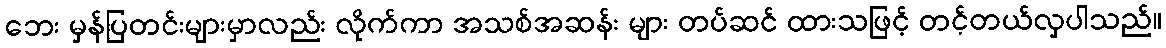
ဘေး မှန်ပြတင်းများမှာလည်း လိုက်ကာ အသစ်အဆန်း များ တပ်ဆင် ထားသဖြင့် တင့်တယ်လှပါသည်။